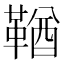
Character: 鞧